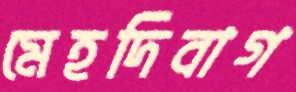
মেহদিবাগ